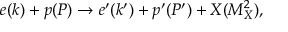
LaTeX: e ( k ) + p ( P ) \rightarrow e ^ { \prime } ( k ^ { \prime } ) + p ^ { \prime } ( P ^ { \prime } ) + X ( M _ { X } ^ { 2 } ) ,